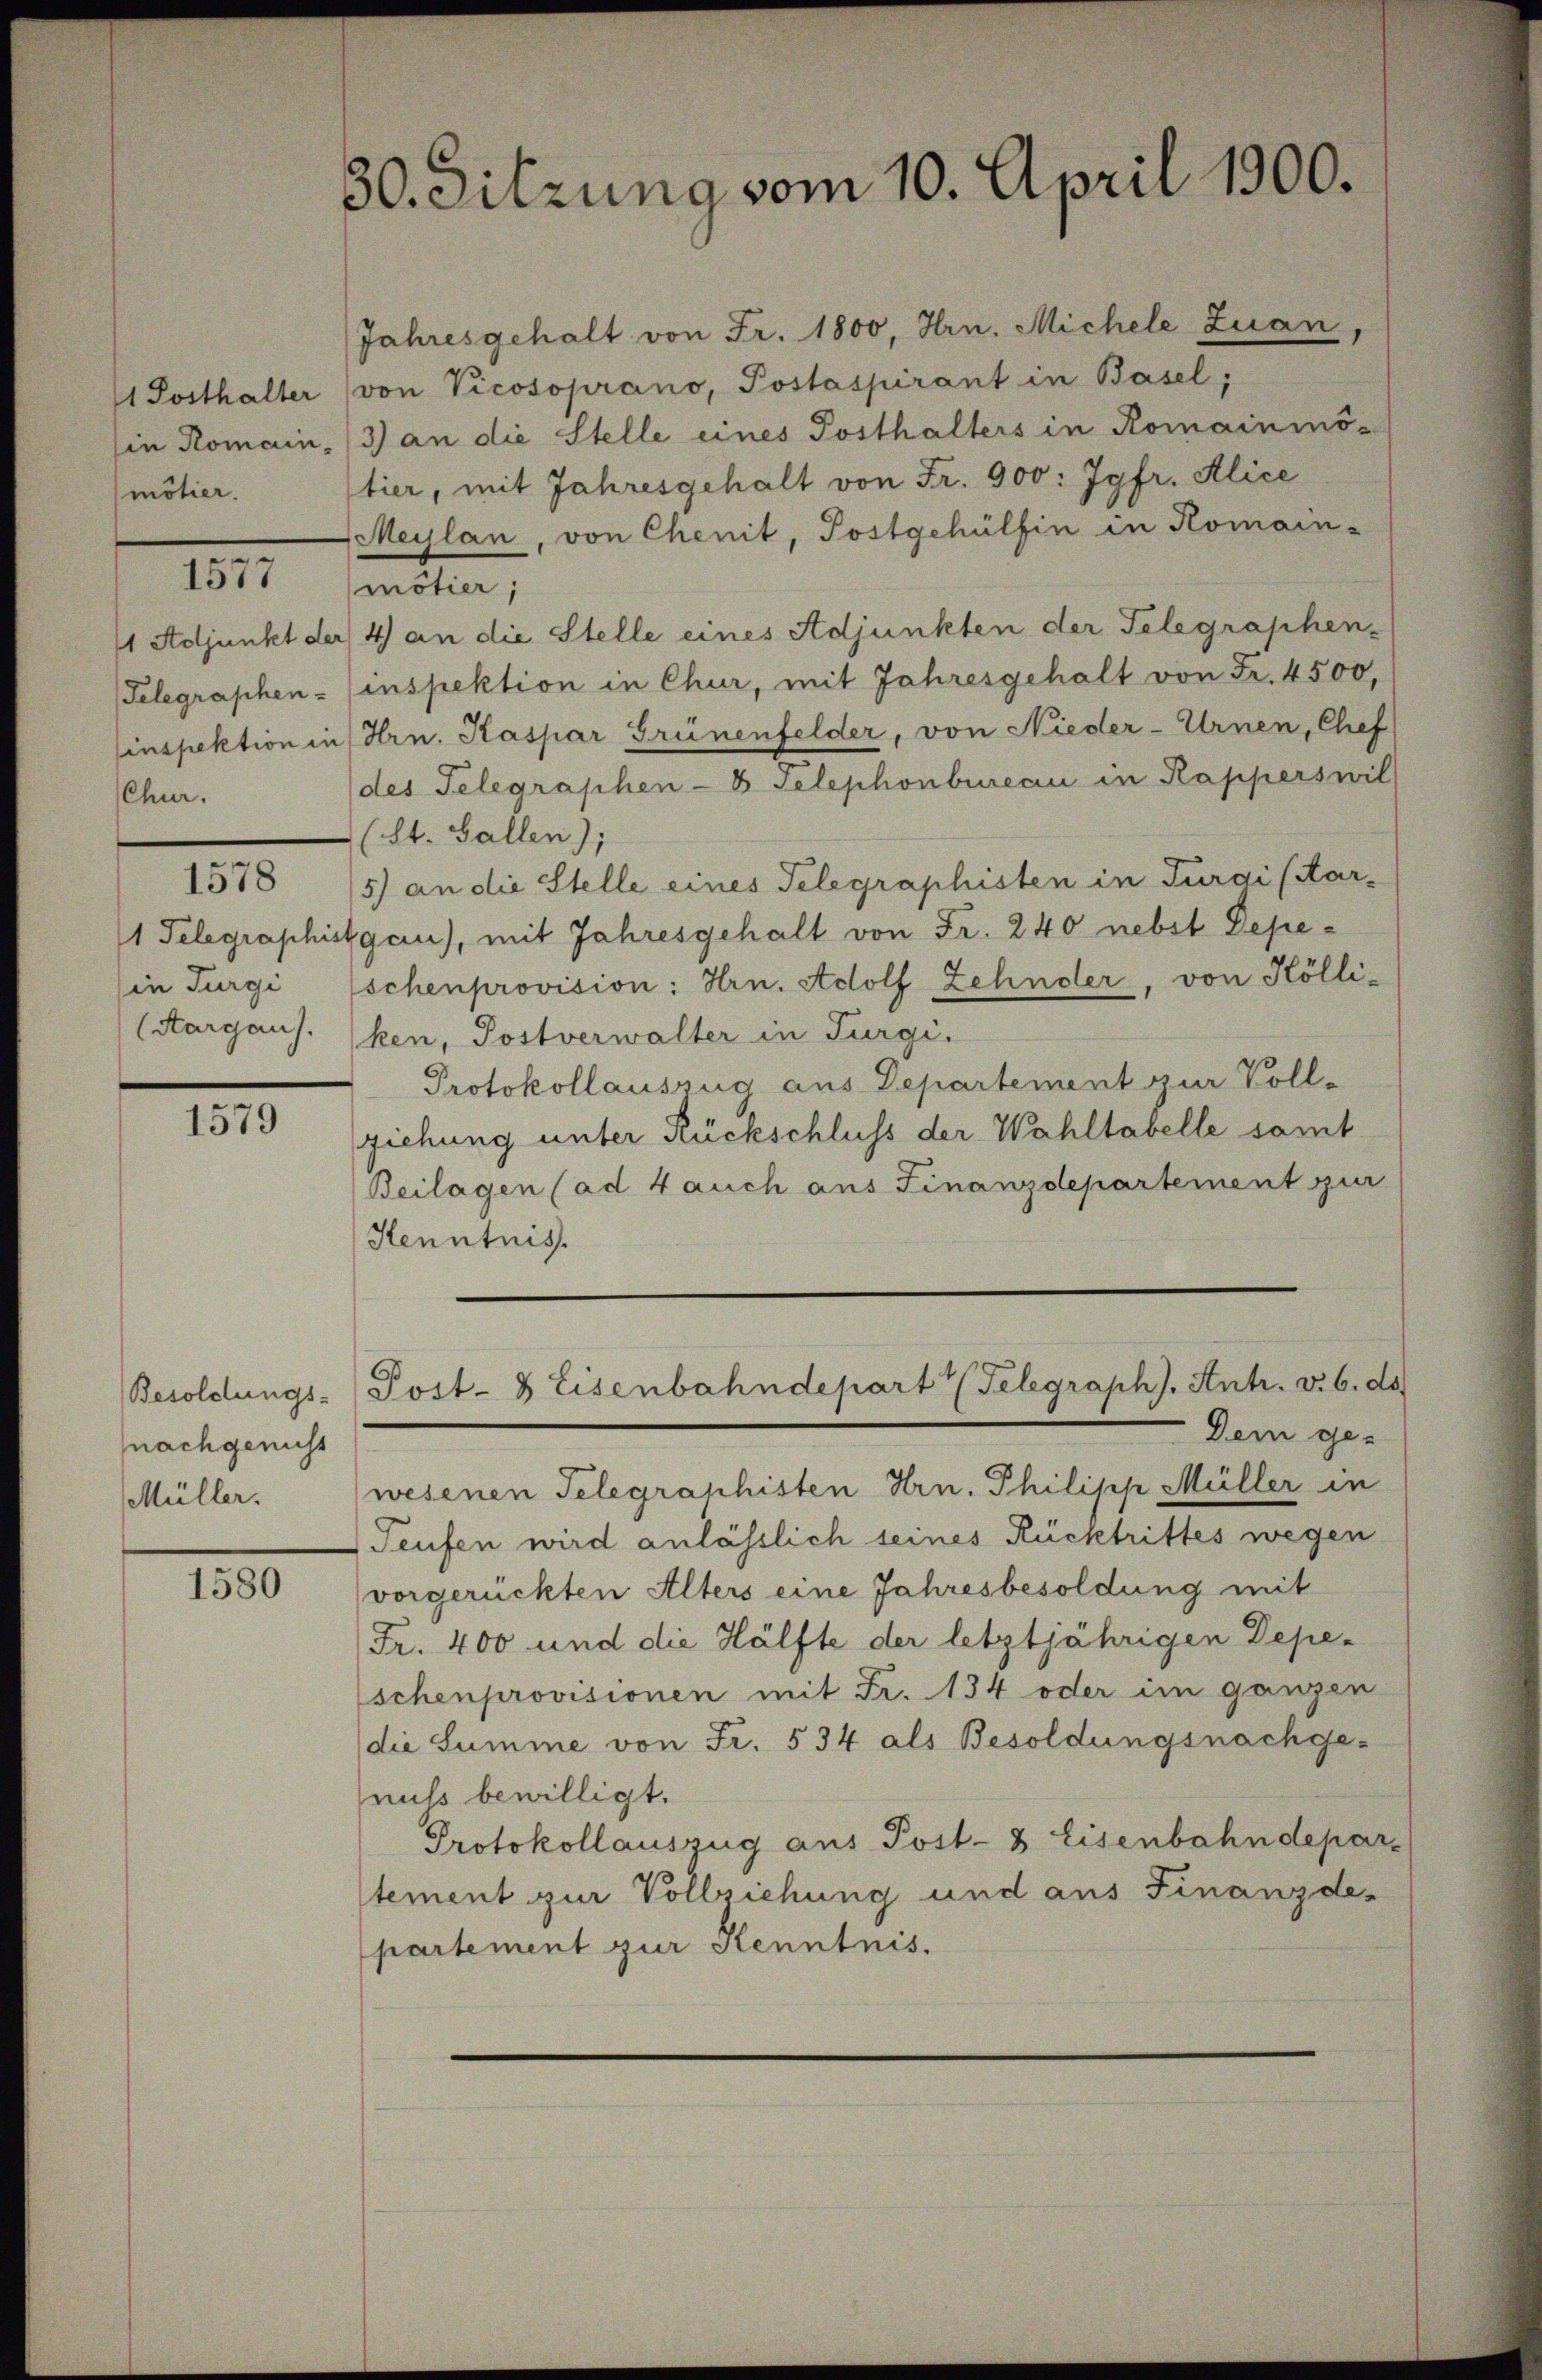
mötier.

1577

Chur.

1578

in Turgi

1579

nach genicht
Müller.

1580

30. Sitzung vom 10. April 1900.

Jahresgehalt von Fr. 1800, Hrn. Michele Zuan,
1 Posthalter (von Picosoprano, Postaspirant in Basel;
in Romain, 3) an die Stelle eines Posthalters in Romainmötier, mit Jahresgehalt von Fr. 900: Jgfr. Alice
Meylan, von Chenit, Postgehülfin in Komain-
mötier;
11 Adjunkt der 4) an die Stelle eines Adjunkten der Telegraphen-
Telegraphen- (inspektion in Chur, mit Jahresgehalt von Fr. 4500,
inspektion in Hrn. Kaspar Grünenfelder, von Nieder-Urnen, Chef
(des Telegraphen-8 Telephonbureau in Kapperswil
(St. Gallen);
5) an die Stelle eines Telegraphisten in Turgi (Kar-
1 Telegraphisgau), mit Jahresgehalt von Fr. 240 nebst Depeschenprovision: Hrn. Adolf Zehnder, von Kölli-
(Aargaus. (ken, Postverwalter in Türgi.
Protokollauszug aus Departement zur Voll-
ziehung unter Rückschluss der Wahltabelle samt
Beilagen (ad 4 auch aus Finanzdepartement zur
Henntnis.
Besoldungs-Post- & Eisenbahndepart (Telegraph). Antr. v. 6. ds
Dem ge-
wesenen Telegraphisten Hrn. Philipp Müller in
Teufen wird anlässlich seines Rücktrittes wegen
vorgerückten Alters eine Jahresbesoldung mit
Fr. 400 und die Hälfte der letztjährigen Depe-
schenprovisionen mit Fr. 134 oder im ganzen
die Summe von Fr. 534 als Besoldungsnachge-
nuss bewilligt.
Protokollauszug aus Post- & Eisenbahndepar-
stement zur Vollziehung und aus Finanzde-
partement zur Kenntnis.